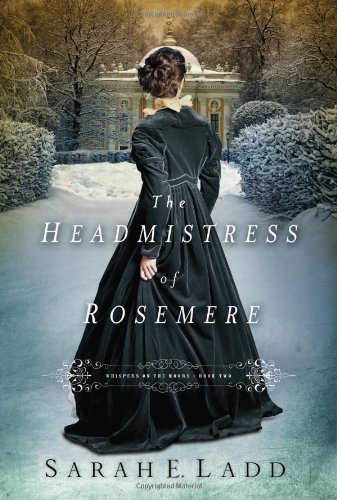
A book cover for The Headmistress of Rosemere (Whispers On The Moors); Sarah E. Ladd; Romance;